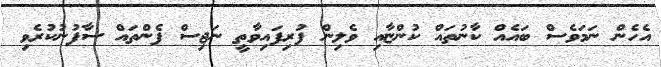
އެހެން ނަމަވެސް ބައެއް ކާނުތައް ކުންޏާއި ވެލިން ފުރިފައިވާތީ ނަޖިސް ފެންތައް ސާފުނުކުރެވި